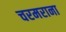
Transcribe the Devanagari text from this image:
चरमराना